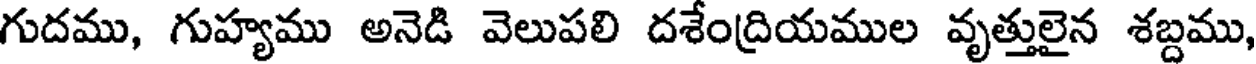
గుదము, గుహ్యము అనెడి వెలుపలి దశేంద్రియముల వృత్తులైన శబ్దము,